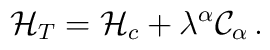
{\cal H}_T = {\cal H}_c + \lambda^\alpha {\cal C}_\alpha\,.